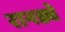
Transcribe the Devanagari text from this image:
रानड्ये